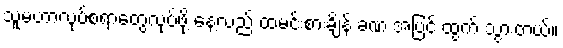
သူမဟာလုပ်စရာတွေလုပ်ဖို့ နေ့လည် ထမင်းစားချိန် ခဏ အပြင် ထွက် သွားတယ်။